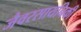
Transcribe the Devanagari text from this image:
जैवरसायनिकी